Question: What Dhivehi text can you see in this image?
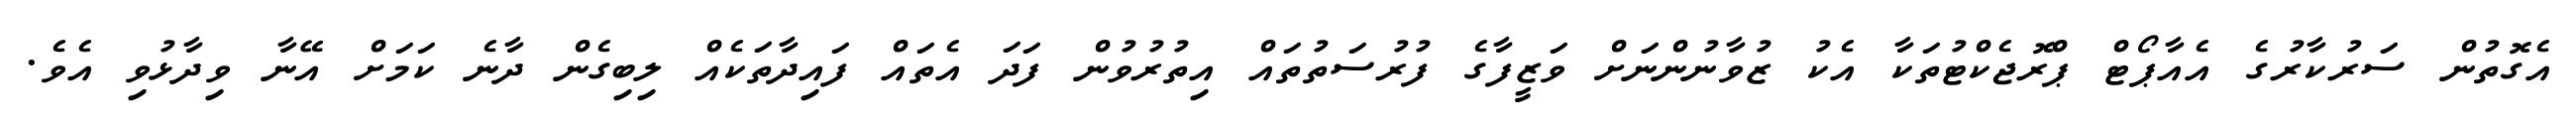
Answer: އެގޮތުން ސަރުކާރުގެ އެއާޕޯޓް ޕްރޮޖެކްޓުތަކާ އެކު ޒުވާނުންނަށް ވަޒީފާގެ ފުރުސަތުތައް އިތުރުވުން ފަދަ އެތައް ފައިދާތަކެއް ލިބިގެން ދާނެ ކަމަށް އޭނާ ވިދާޅުވި އެވެ.